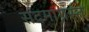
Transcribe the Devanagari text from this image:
सदमाग्रस्त